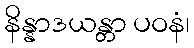
နိန္နာဒယန္တာ ပဝနံ၊